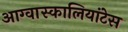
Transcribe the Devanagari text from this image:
आग्वास्कालियांटेस